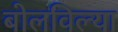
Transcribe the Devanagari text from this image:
बोलविल्या